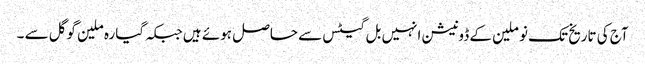
آج کی تاریخ تک نو ملین کے ڈونیشن انہیں بل گیٹس سے حاصل ہوئے ہیں جبکہ گیارہ ملین گوگل سے ۔